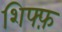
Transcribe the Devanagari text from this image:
शिफ्फ़